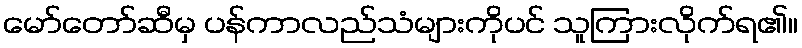
မော်တော်ဆီမှ ပန်ကာလည်သံများကိုပင် သူကြားလိုက်ရ၏။